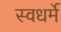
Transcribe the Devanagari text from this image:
स्वधर्मे